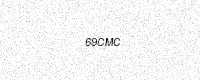
Text: 69CMC